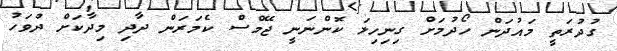
ގުދުރަތީ މައުދަން ހޯދުމަށް ގިނިހިލަ ކޮންނަނީ ޖޭމްސް ކެމަރަން ދާދި މިދާކަށް ދުވަހު